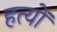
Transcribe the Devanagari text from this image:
हत्यों